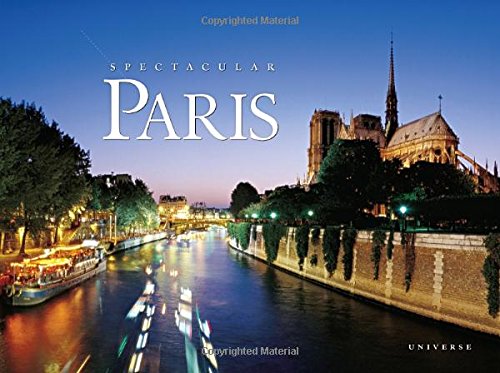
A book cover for Spectacular Paris; William Scheller; Arts & Photography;